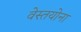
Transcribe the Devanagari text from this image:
वेस्तयोना